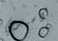
كاسيدي